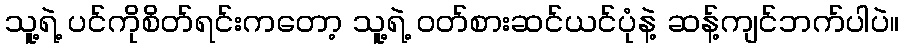
သူ့ရဲ့ ပင်ကိုစိတ်ရင်းကတော့ သူ့ရဲ့ ဝတ်စားဆင်ယင်ပုံနဲ့ ဆန့်ကျင်ဘက်ပါပဲ။